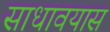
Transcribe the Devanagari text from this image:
साधावयास